Report on vaccination in Madras 1922-1929 - 1922-1929
Year: 1922
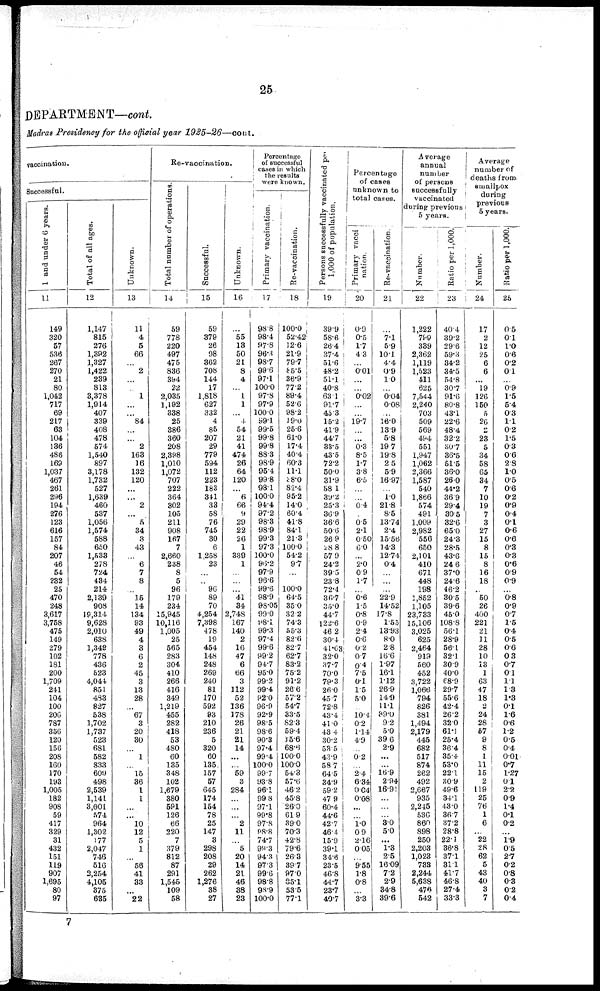
25
DEPARTMENT—cont.
Madras Presidency for the official year
1925-26—cont.
vaccination.
Successful.
1 and under 6 years.
11
149
320
57
536
267
270
21
80
1,042
717
69
217
63
104
136
486
169
1,037
467
261
296
194
276
123
616
157
84
207
46
54
232
25
470
248
3,617
3,758
475
149
279
102
181
200
1,709
241
104
100
206
787
356
120
156
208
160
170
193
1,005
182
908
59
417
329
31
432
151
119
907
1,695
80
97
Total of all ages.
12
1,147
815
276
1,392
1,327
1,422
239
813
3,378
1,914
407
339
408
478
574
1,540
897
3,178
1,732
527
1,639
460
537
1,056
1,574
588
650
1,533
278
724
434
214
2,139
908
19,314
9,628
2,010
638
1,349
778
436
523
4,044
851
483
827
538
1,702
1,737
523
681
582
833
609
498
2,539
1,141
3,001
574
964
1,302
177
2,047
746
516
2,254
4,105
375
635
Unknown.
13
11
4
5
66
...
2
...
...
1
...
...
84
...
...
2
163
16
132
120
...
...
2
...
5
34
3
43
...
6
7
8
...
15
14
134
93
49
4
3
6
2
45
3
13
28
...
67
3
20
30
...
...
...
15
36
1
1
...
...
10
12
5
1
...
56
41
33
...
22
Re-vaccination.
Total number of operations.
14
59
778
220
497
475
836
394
22
2,035
1,192
338
25
386
360
208
2,398
1,010
1,072
707
222
364
302
105
211
908
167
7
2,660
238
8
5
96
179
234
15,945
10,116
1,005
25
565
283
304
410
266
416
349
1,219
455
282
418
53
480
60
135
348
102
1,679
380
591
126
66
220
7
379
812
87
291
1,545
109
58
Successful.
15
59
379
26
98
362
708
144
17
1,818
627
332
4
85
207
29
779
594
112
223
183
341
33
58
76
745
30
6
1,258
23
...
...
96
89
70
4,254
7,398
478
19
454
148
248
269
240
81
170
592
93
210
236
5
320
60
135
157
57
645
174
154
78
25
147
3
298
208
29
262
1,276
38
27
Unknown.
16
...
55
13
50
21
8
4
...
1
1
...
4
54
21
41
474
26
64
120
...
6
66
9
29
22
26
1
339
1
...
...
...
41
34
2,748
167
140
2
16
47
6
66
3
112
52
136
178
26
21
21
14
...
...
59
3
284
...
...
...
2
11
...
5
20
14
21
46
38
23
Percentage
of successful
cases in which
the results
were known.
Primary vaccination.
17
98.8
98.4
97.8
96.3
98.7
99.6
97.1
100.0
97.8
97.9
100.0
99.1
99.5
99.8
99.8
88.3
98.9
95.4
99.8
98.1
100.0
94.4
97.2
98.3
98.9
99.3
97.3
100.0
96.2
97.9
96.6
99.6
98.9
98.05
99.0
98.1
99.3
97.4
99.6
99.2
94.7
95.0
99.2
99.4
92.0
96.9
92.9
98.5
98.6
90.3
97.4
99.4
100.0
99.7
93.8
96.1
99.8
97.1
99.8
97.8
98.8
74.7
99.3
94.3
97.3
99.6
98.8
98.9
100.0
Re-vaccination.
18
100.0
52.42
12.6
21.9
79.7
85.5
36.9
77.2
89.4
52.6
98.2
19.0
25.6
61.0
17.4
40.4
60.3
11.1
38.0
82.4
95.2
14.0
60.4
41.8
84.1
21.3
100.0
54.2
9.7
...
...
100.0
64.5
35.0
32.2
74.3
55.3
82.6
82.7
62.7
83.2
75.2
91.2
26.6
57.2
54.7
33.5
82.3
59.4
15.6
68.6
100.0
100.0
54.3
57.6
46.2
45.8
26.0
61.9
39.0
70.3
42.8
79.6
26.3
39.7
97.0
85.1
53.5
77.1
Persons successfully vaccinated per
1,000 of population.
19
39.9
58.6
26.4
37.4
51.6
48.2
51.1
40.8
63.1
91.7
45.3
15.2
41.9
44.7
33.5
43.5
72.2
50.0
31.9
58.1
39.2
25.3
36.9
36.6
50.6
26.9
28.8
57.9
24.2
39.5
23.8
72.4
36.7
35.0
44.7
122.6
46.2
30.4
41.03
32.0
37.7
70.0
79.3
26.0
45.7
72.8
43.4
41.0
43.4
30.2
53.5
43.9
58.7
64.5
34.9
59.2
47.9
60.4
44.6
42.7
46.4
15.9
39.1
34.6
23.5
46.8
44.7
23.7
40.7
Percentage
of cases
unknown to
total cases.
Pr i
mar y vacci
nation.
20
0.9
0.5
1.7
4.3
...
0.01
...
...
0.02
...
...
19.7
...
...
0.3
8.5
1.7
3.8
6.5
...
...
0.4
...
0.5
2.1
0.50
6.0
...
2.0
0.9
1.7
...
0.6
1.5
0.8
0.9
2.4
0.6
0.2
0.7
0.4
7.5
0.1
1.5
5.0
...
10.4
0.2
1.14
4.9
...
0.2
...
2.4
6.34
0.04
0.08
...
...
1.0 0.9
2.16
0.05
...
9.55
1.8
0.8
...
3.3
Re -
va c c i
na t
i
on.
21
...
7.1
5.9
10.1
4.4
0.9
1.0
...
0.04
0.08
...
16.0
13.9
5.8
19.7
19.8
2.5
5.9
16.97
...
1.0
21.8
8.5
13.74
2.4
15.56
14.3
12.74
0.4
...
...
...
22.9
14.52
17.8
1.55
13.93
8.0
2.8
16.6
1.97
16.1
1.12
26.9
14.9
11.1
39.0
9.2
5.0
39.6
2.9
...
...
16.9
2.94
16.91
...
...
...
3.0
5.0
...
1.3
2.5
16.09
7.2
2.9
34.8
39.6
Average
annual
number
of persons
successfully
vaccinated
during previous
5 years.
Numbe r
.
22
1,222
799
339
2,362
1,119
1,523
411
625
7,544
2,240
703
509
569
494
551
1,947
1,062
2,366
1,587
540
1,866
574
491
1,009
2,982
556
650
2,101
410
671
448
198
1,852
1,105
23,733
15,106
3,025
625
2,464
919
560
452
3,722
1,066
794
826
381
1,494
2,179
445
682
517
874
262
492
2,667
935
2,245
536
860
898
250
2,203
1,023
733
2,244
5,638
476
542
Rat i
o per 1,000.
23
40.4
39.2
29.6
59.3
34.2
34.5
54.8
30.7
91.6
80.8
43.1
22.6
48.4
32.2
30.7
36.5
51.5
36.0
26.0
44.2
36.9
29.4
30.5
32.6
65.0
24.3
28.5
43.6
24.6
37.0
24.6
46.2
30.5
39.6
45.0
108.8
56.1
28.9
56.1
32.1
30.9
40.0
68.9
29.7
55.6
42.4
26.2
32.0
61.1
25.4
36.4
35.4
53.0
22.1
30.9
49.6
34.1
43.0
36.7
37.2
28.8
22.1
36.8
37.1
31.1
41.7
46.8
27.4
33.3
Average
number of
deaths from
smallpox
during
previous
5 years.
Numbe r
.
24
17
2
12
25
6
6
...
19
126
150
5
26
2
23
5
34
58
65
34
7
10
19
7
3
27
15
8
15
8
16
18
...
50
26
400
221
21
11
28
10
13
1
63
47
18
...
24
28
57
9
8
1
11
15
2
119
25
76
1
6
...
22
28
62
5
43
40
3
7
Ratio per 1,000.
25
0.5
0.1
1.0
0.6
0.2
0.1
...
0.9
1.5
5.4
0.3
1.1
0.2
1.5
0.3
0.6
2.8
1.0
0.5
0.6
0.2
0.9
0.4
0.1
0.6
0.6
0.3
0.3
0.6
0.9
0.9
...
0.8
0.9
0.7
1.5
0.4
0.5
0.6
0.3
0.7
0.1
1.1
1.3
1.3
0.1
1.6
0.6
1.2
0.5
0.4
0.01
0.7
1.27
0.1
2.2
0.9
1.4
0.1
0.2
...
1.9
0.5
2.7
0.2
0.8
0.3
0.2
0.4
7